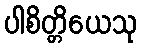
ပါစိတ္တိယေသု